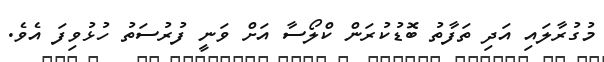
މުގުރާލައި އަދި ތަފާތު ބޮޑުކުރަން ކްލޯސާ އަށް ވަނީ ފުރުސަތު ހުޅުވިފަ އެވެ.